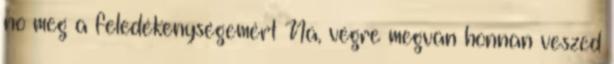
no meg a feledékenységemért Na, végre megvan honnan veszed